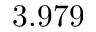
3 . 9 7 9